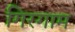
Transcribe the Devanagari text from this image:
गिरगाम